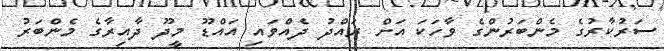
ސަރުކާރުގެ މެންބަރުންގެ ވާހަކަ އަށް ރައްދު ދެއްވައި އައްޑޫ މީދޫ ދާއިރާގެ މެންބަރު